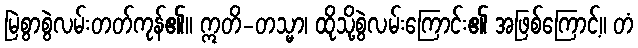
မြဲစွာစွဲလမ်းတတ်ကုန်၏။ ဣတိ-တသ္မာ၊ ထိုသို့စွဲလမ်းကြောင်း၏ အဖြစ်ကြောင့်။ တံ